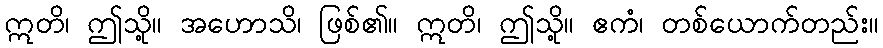
ဣတိ၊ ဤသို့။ အဟောသိ၊ ဖြစ်၏။ ဣတိ၊ ဤသို့။ ဧကံ၊ တစ်ယောက်တည်း။